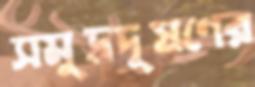
সমুদ্রদূষণের